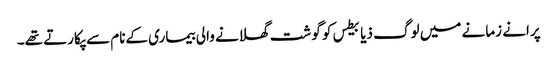
پرانے زمانے میں لوگ ذیابیطس کو گوشت گھلانے والی بیماری کےنام سے پکارتے تھے۔